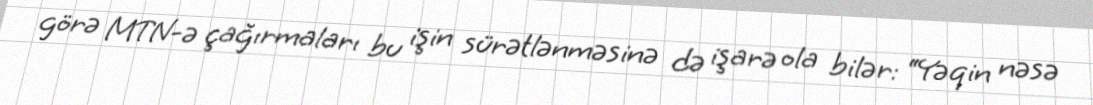
görə MTN-ə çağırmaları bu işin sürətlənməsinə də işarə ola bilər: “Yəqin nəsə